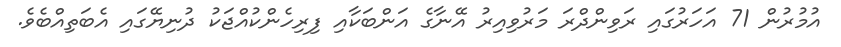
އުމުރުން 71 އަހަރުގައި ރަވިންދްރަ މަރުވިއިރު އޭނާގެ އަންބަކާއި ފިރިހެންކުއްޖަކު ދުނިޔޭގައި އެބަތިއްބެވެ.